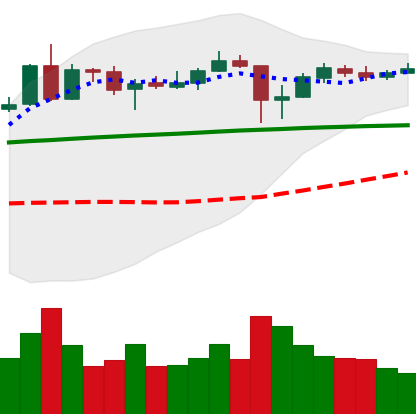
Ticker: ADA-USD
Chart end date: 2020-05-17
Forward return: 8.745%
Label: up_7plus